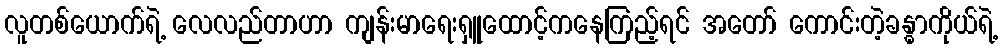
လူတစ်ယောက်ရဲ့ လေလည်တာဟာ ကျန်းမာရေးရှူထောင့်ကနေကြည့်ရင် အတော် ကောင်းတဲ့ခန္ဓာကိုယ်ရဲ့